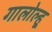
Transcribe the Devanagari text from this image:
गालोल्हू